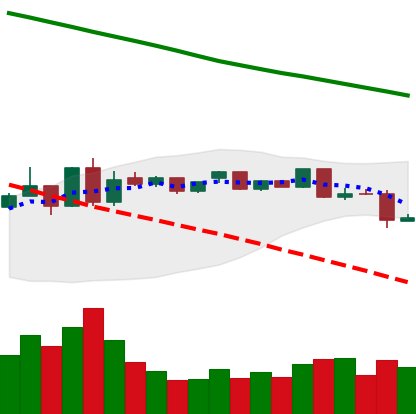
Ticker: ETC-USD
Chart end date: 2019-01-11
Forward return: -3.92%
Label: down_3_5